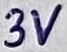
Text: 3V